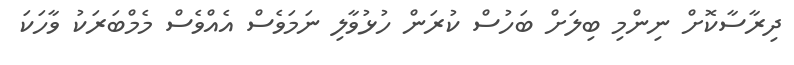
ދިރާސާކޮށް ނިންމި ބިލަށް ބަހުސް ކުރަން ހުޅުވާލި ނަމަވެސް އެއްވެސް މެމްބަރަކު ވާހަކަ